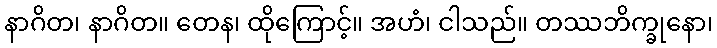
နာဂိတ၊ နာဂိတ။ တေန၊ ထိုကြောင့်။ အဟံ၊ ငါသည်။ တဿဘိက္ခုနော၊